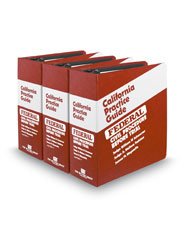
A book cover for Federal Civil Procedure Before Trial (The Rutter Group California Practice Guide), 2004-2011; William Schwarzer; Law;